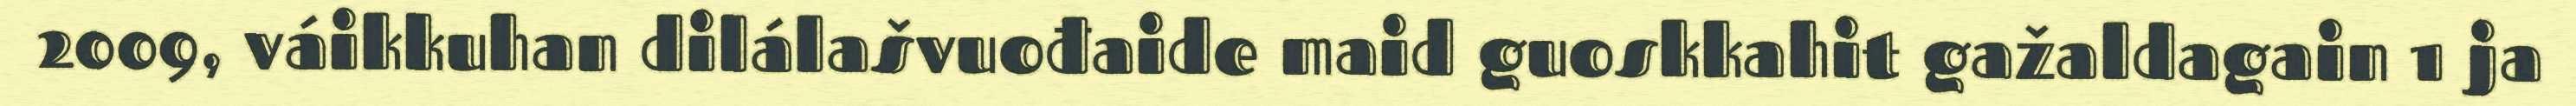
2009, váikkuhan dilálašvuođaide maid guoskkahit gažaldagain 1 ja